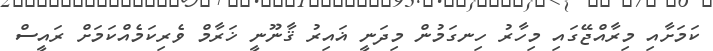
ކަމަށާއި މިރާއްޖޭގައި މިހާރު ހިނގަމުން މިދަނީ ޣައިރު ޤާނޫނީ ޚަރާމް ވެރިކަމެއްކަމަށް ރައީސް